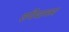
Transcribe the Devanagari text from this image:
एपियानस